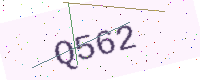
Text: Q562